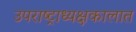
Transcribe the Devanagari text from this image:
उपराष्ट्राध्यक्षकालात